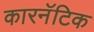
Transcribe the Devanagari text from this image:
कारनॅटिक